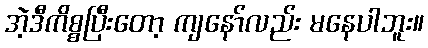
အဲ့ဒီကိစ္စပြီးတော့ ကျနော်လည်း မနေပါဘူး။